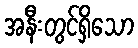
အနီးတွင်ရှိသော